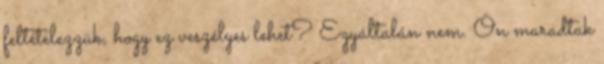
feltételezzük, hogy ez veszélyes lehet? Egyáltalán nem. Ön maradtak